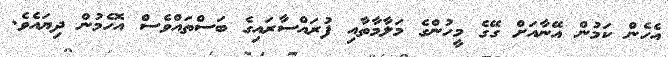
އެހެން ކަމުން އޭނާއަށް ގޭގެ މީހުންގެ މަލާމާތާއި ފުރައްސާރައިގެ ބަސްތައްވެސް އޮހެމުން ދިޔައެވެ.